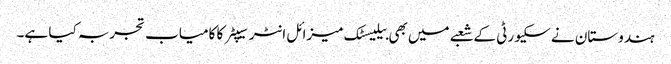
ہندوستان نے سکیورٹی کے شعبے میں بھی بیلیسٹک میزائل انٹرسیپٹر کا کامیاب تجربہ کیا ہے۔